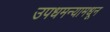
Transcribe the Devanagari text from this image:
उपधमन्यामधून